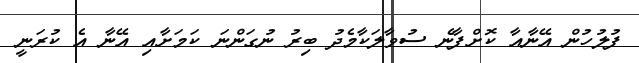
ފުލުހުން އޭނާއާ ކޮށްފާނެ ސުވާލަކާމެދު ބިރު ނުގަންނަ ކަމަށާއި އޭނާ އެ ކުރަނީ